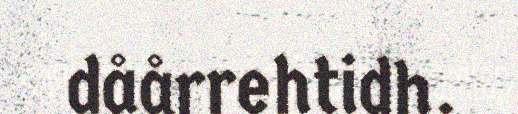
dåårrehtidh.